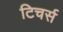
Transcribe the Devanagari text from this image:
टिचर्स